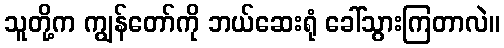
သူတို့က ကျွန်တော်ကို ဘယ်ဆေးရုံ ခေါ်သွားကြတာလဲ။